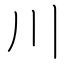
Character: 川